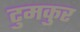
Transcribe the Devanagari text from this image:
टुमकुर